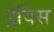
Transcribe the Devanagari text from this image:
ड्रेविस